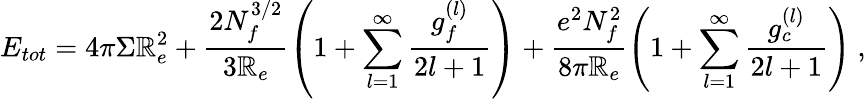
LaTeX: E_{tot}=4\pi\Sigma\mathbb{R}_{e}^{2}+\frac{{2N_{f}^{3/2}}}{{3\mathbb{R}_{e}}}\left(1+\sum_{l=1}^{\infty}\frac{{g_{f}^{(l)}}}{{2l+1}}\right)+\frac{{e^{2}N_{f}^{2}}}{{8\pi\mathbb{R}_{e}}}\left(1+\sum_{l=1}^{\infty}\frac{{g_{c}^{(l)}}}{{2l+1}}\right)~,